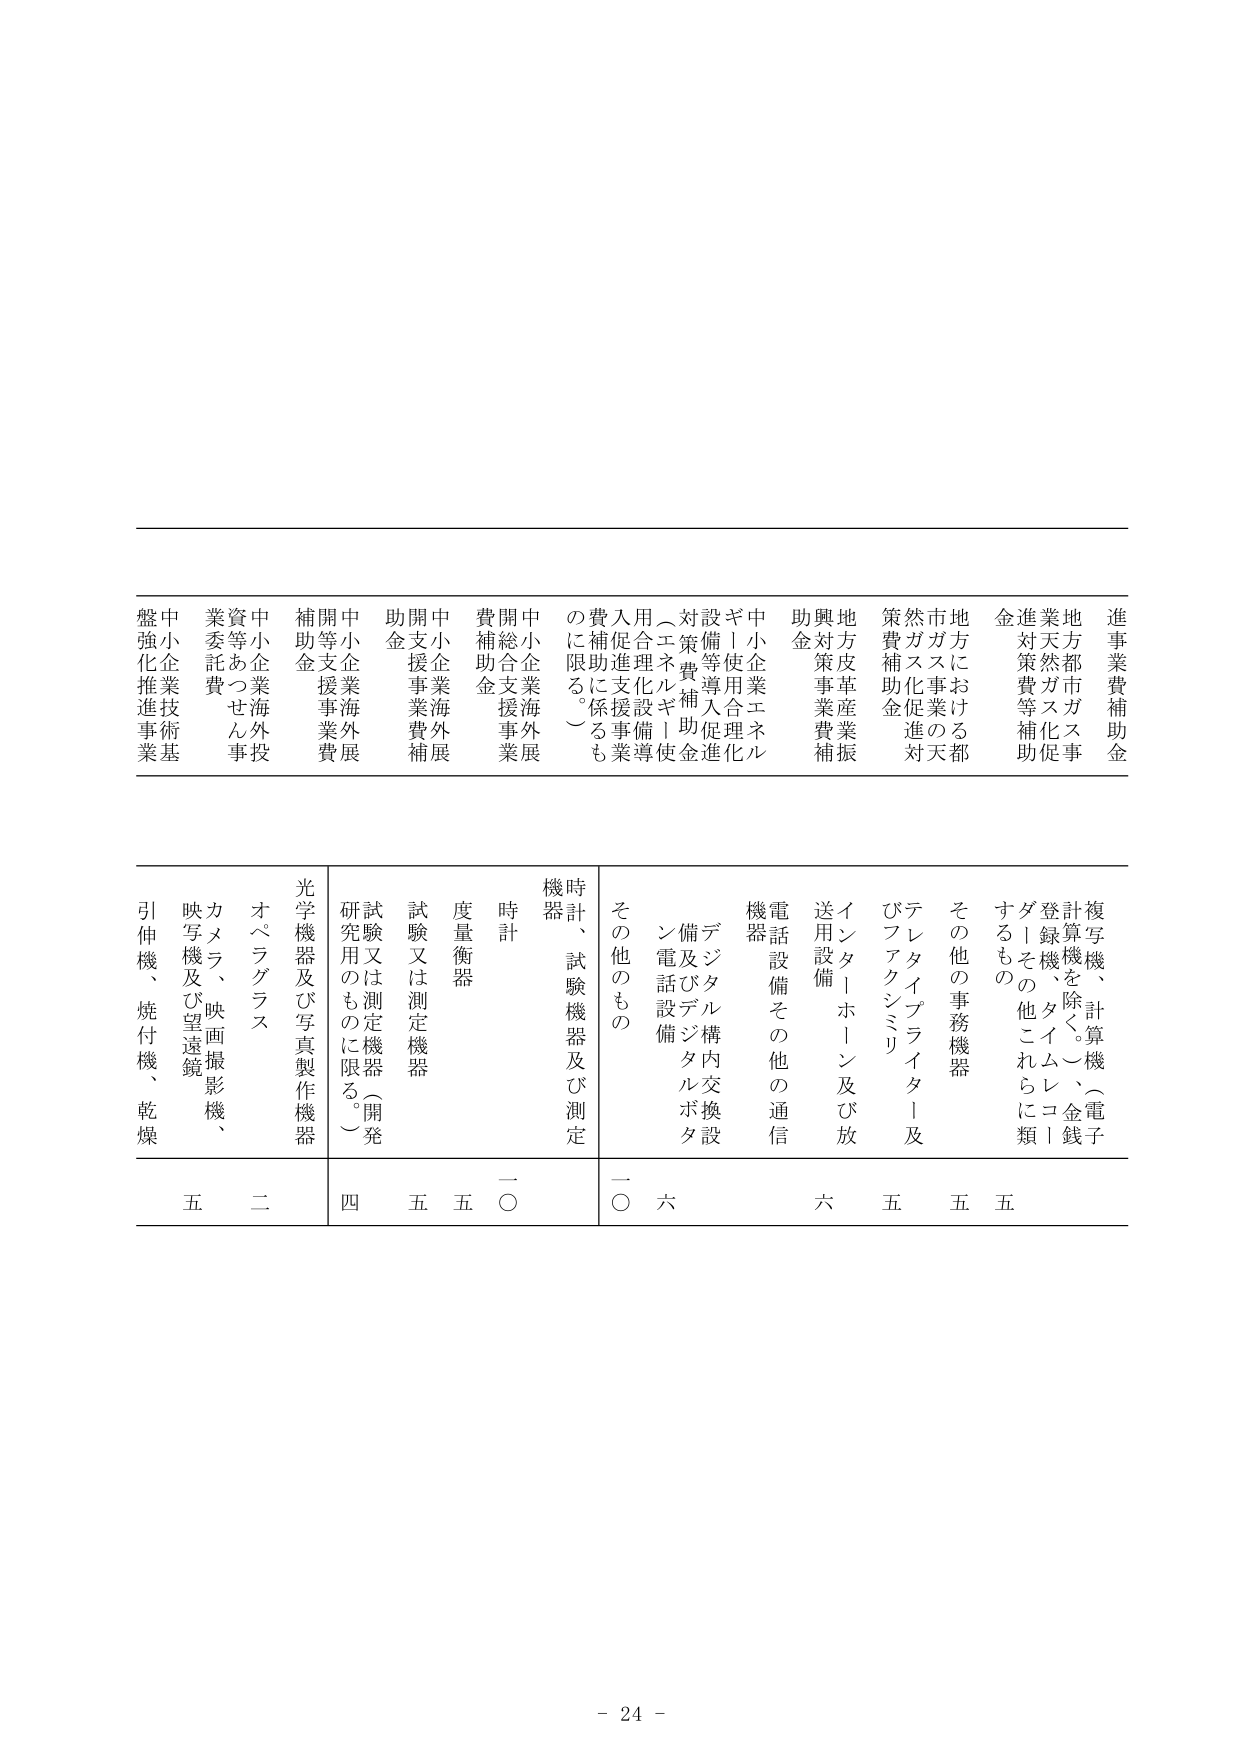
進事業費補助金
地方における都市ガス事業の天然ガス等促進対策費等補助金
策費補助金
地方皮革産業振興対策事業費補助金
中小企業エネルギー使用合理化設備等導入促進対策費補助金
（エネルギー使用合理化設備導入促進支援事業費補助に係るも）
中小企業海外展開支援事業費補助金
中小企業海外展開支援事業費補助金
中小企業海外展開支援事業費補助金
中小企業海外展開支援事業費補助金
中小企業技術基盤強化推進事業
業委託費
資等あつせん事
複写機、計算機（電子計算機を除く。）、金銭登録機、タイムレコーダーその他これらに類するもの
その他の事務機器
テレタイプライター及びファクシミリ
インター・ホーン及び放送用設備
電話設備その他の通信機器
デジタル構内交換設備及びデジタルボタン電話設備
その他のもの
時計、試験機器及び測定機器
時計
度量衡器
試験又は測定機器（開発研究用のものに限る。）
光学機器及び写真製作機器
オペラグラス
カメラ、映画撮影機、映写機及び望遠鏡
引伸機、焼付機、乾燥
五
二
四
五
五
一〇
一〇
六
六
五
五
五
- 24 -